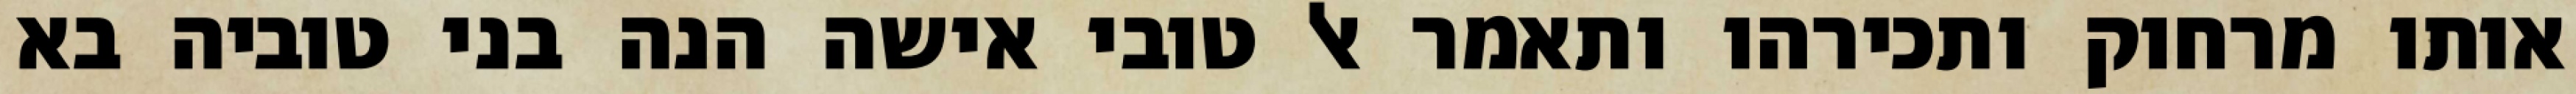
אותו מרחוק ותכירהו ותאמר אל טובי אישה הנה בני טוביה בא